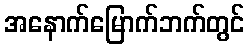
အနောက်မြောက်ဘက်တွင်